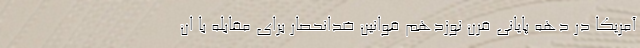
آمریکا در دهه پایانی قرن نوزدهم قوانین ضدانحصار برای مقابله با ان